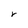
Character: r